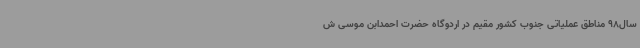
سال98 مناطق عملیاتی جنوب کشور مقیم در اردوگاه حضرت احمدابن موسی ش